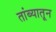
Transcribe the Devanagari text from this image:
तांब्यातून